Document type: Sale
Year: 1461
Scribe: [Unknown]
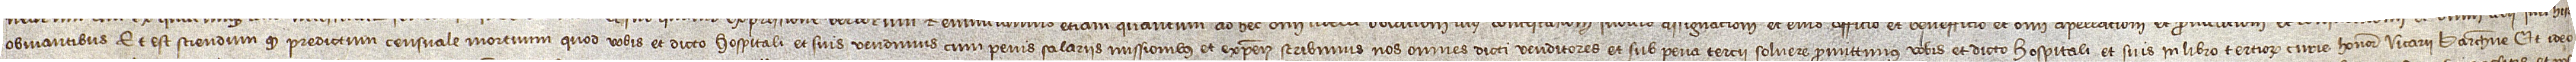
/ obviantibus. Et est sciendum quod predictum censuale mortuum quod vobis et dicto hospitali et suis vendimus, cum penis, salariis, missionibus et expensis scribimus nos omnes dicti venditores et sub pena tercii solvere promittimus vobis et dicto hospitali et suis in libro tertiorum curie honorabilis vicarii Barchinone. Et ideo